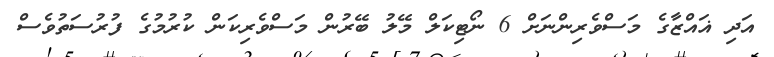
އަދި ޣައްޒާގެ މަސްވެރިންނަށް 6 ނޯޓިކަލް މޭލު ބޭރުން މަސްވެރިކަން ކުރުމުގެ ފުރުސަތުވެސް